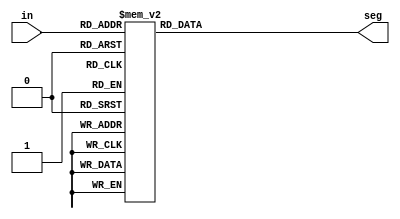
module HEX_to_seven_segment(in, seg);
input [3:0] in;
output reg [6:0] seg;

always@(in) begin
    case(in)
      4'h0: seg = 7'b1000000;    // 0
      4'h1: seg = 7'b1111001;    // 1
      4'h2: seg = 7'b0100100;    // 2
      4'h3: seg = 7'b0110000;    // 3
      4'h4: seg = 7'b0011001;    // 4
      4'h5: seg = 7'b0010010;    // 5
      4'h6: seg = 7'b0000010;    // 6
      4'h7: seg = 7'b1111000;    // 7
      4'h8: seg = 7'b0000000;    // 8
      4'h9: seg = 7'b0010000;    // 9
      4'hA: seg = 7'b0001000;    // A
      4'hB: seg = 7'b0000011;    // B
      4'hC: seg = 7'b1000110;    // C
      4'hD: seg = 7'b0100001;    // D
      4'hE: seg = 7'b0000110;    // E
      4'hF: seg = 7'b0001110;    // F
      default: seg = 7'b1111111;    // blank
    endcase
  end
endmodule